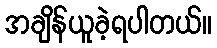
အချိန်ယူခဲ့ရပါတယ်။